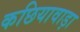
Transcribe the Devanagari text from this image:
कछियावाड़ा